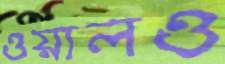
ওয়ালও